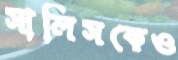
সালিসকেও